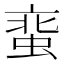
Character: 𧋲